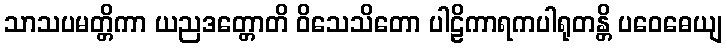
သာသပမတ္တိကာ ယညဒတ္တောတိ ဝိသေသိတော ပါဠိကာရကပါရုတန္တိ ပဝေဓေယျ